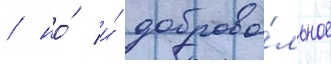
/ но́ и́ доброво́льное